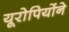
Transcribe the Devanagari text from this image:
यूरोपियोंने